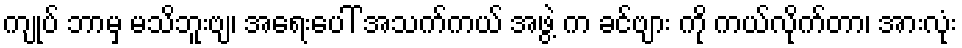
ကျုပ် ဘာမှ မသိဘူးဗျ၊ အရေးပေါ် အသက်ကယ် အဖွဲ့ က ခင်ဗျား ကို ကယ်လိုက်တာ၊ အားလုံး